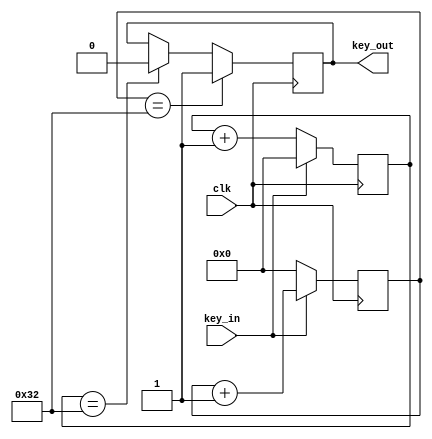
`timescale 1ns / 1ps
//////////////////////////////////////////////////////////////////////////////////
// Company: 
// Engineer: 
// 
// Design Name: 
// Module Name: key_process
// Project Name: 
// Target Devices: 
// Tool Versions: 
// Description: 
// 
// Dependencies: 
// 
// Revision:
// Revision 0.01 - File Created
// Additional Comments:
// 
//////////////////////////////////////////////////////////////////////////////////


module key_process(clk,key_in,key_out);
parameter SAMPLE_TIME = 50;
input clk;
input key_in;
output key_out;
reg [21:0] count_low;
reg [21:0] count_high;
reg key_out_reg;
always @(posedge clk)
if(key_in ==1'b0)
count_low <= count_low + 1;
else
count_low <= 0;

always @(posedge clk)
if(key_in ==1'b1)
count_high <= count_high + 1;
else
count_high <= 0;
always @(posedge clk)
if(count_high == SAMPLE_TIME)
key_out_reg <= 1;
else if(count_low == SAMPLE_TIME)
key_out_reg <= 0;
assign key_out = key_out_reg;
endmodule